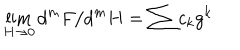
\lim _ { H \rightarrow 0 } d ^ { m } F / d ^ { m } H = \sum c _ { k } g ^ { k }